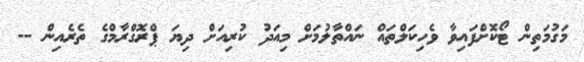
މަގުމަތިން ޓޯކޮށްފައިވާ ވެހިކަލްތައް ނައްތާލުމަށް މިއަދު ކުރިއަށް ދިޔަ ޕްރޮގްރާމްގެ ތެރެއިން --